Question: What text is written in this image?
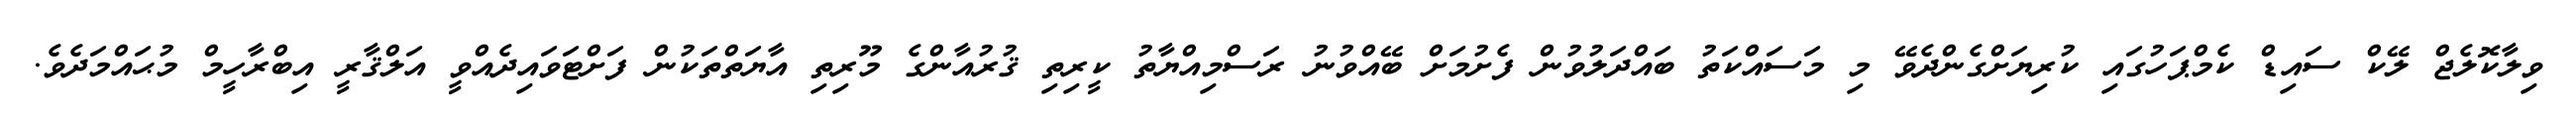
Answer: ވިލާކޮލެޖް ލޭކް ސައިޑް ކެމްޕަހުގައި ކުރިޔަށްގެންދެވޭ މި މަސައްކަތު ބައްދަލުވުން ފެށުމަށް ބޭއްވުނު ރަސްމިއްޔާތު ކީރިތި ޤުރުއާންގެ މޫރިތި އާޔަތްތަކުން ފަށްޓަވައިދެއްވީ އަލްޤާރީ އިބްރާހީމް މުޙައްމަދެވެ.